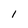
Character: l